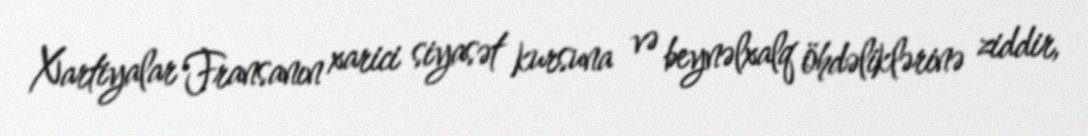
Xartiyalar Fransanın xarici siyasət kursuna və beynəlxalq öhdəliklərinə ziddir,